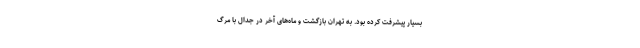
بسیار پیشرفت کرده بود. به تهران بازگشت و ماه‌های آخر در جدال با مرگ